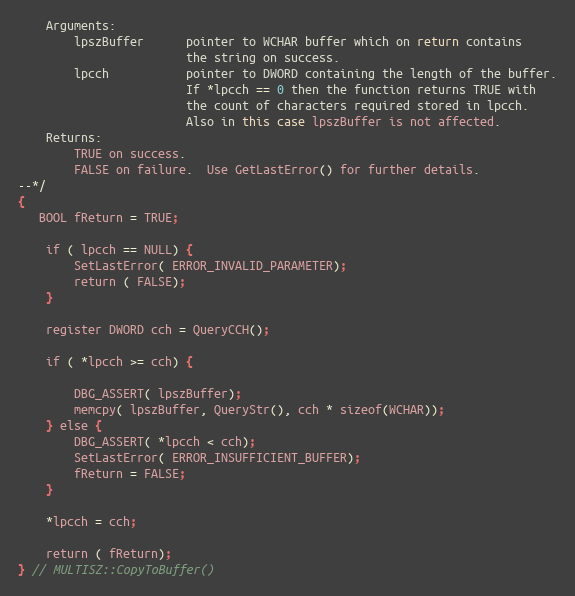
Language: C++
    Arguments:
        lpszBuffer      pointer to WCHAR buffer which on return contains
                        the string on success.
        lpcch           pointer to DWORD containing the length of the buffer.
                        If *lpcch == 0 then the function returns TRUE with
                        the count of characters required stored in lpcch.
                        Also in this case lpszBuffer is not affected.
    Returns:
        TRUE on success.
        FALSE on failure.  Use GetLastError() for further details.
--*/
{
   BOOL fReturn = TRUE;

    if ( lpcch == NULL) {
        SetLastError( ERROR_INVALID_PARAMETER);
        return ( FALSE);
    }

    register DWORD cch = QueryCCH();

    if ( *lpcch >= cch) {

        DBG_ASSERT( lpszBuffer);
        memcpy( lpszBuffer, QueryStr(), cch * sizeof(WCHAR));
    } else {
        DBG_ASSERT( *lpcch < cch);
        SetLastError( ERROR_INSUFFICIENT_BUFFER);
        fReturn = FALSE;
    }

    *lpcch = cch;

    return ( fReturn);
} // MULTISZ::CopyToBuffer()